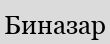
Биназар